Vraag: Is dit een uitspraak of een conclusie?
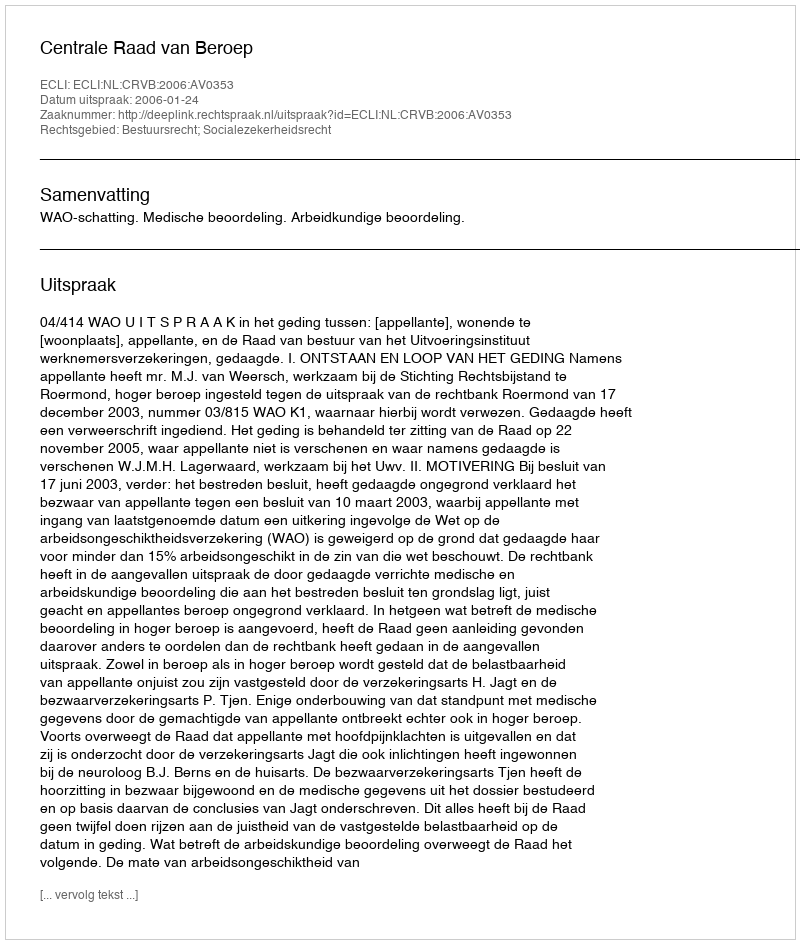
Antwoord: Uitspraak